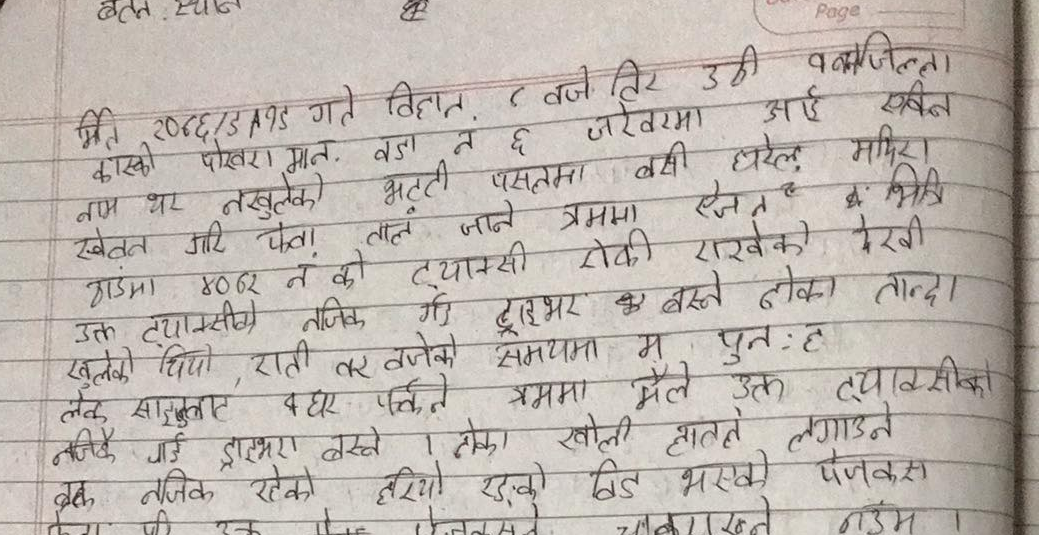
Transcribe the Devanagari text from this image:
मिति २०८०/३/१५ गते बिहान ८ बजे तिर उही वज्रजिल्ला
कास्की पोखरा मान. वडा नं. ६ जरेवरमा आई एकिन
नाम थर नसखुलेका अटो पसलमा बसी घरेलु मदिरा
सेवन गरि पैतालात जाने क्रममा ऐजेन्ट वा भित्रि
गाडीमा ४०७२ नं. को ट्याक्सी रोकी राखेको देखी
उक्त ट्याक्सीको नजिक गरि ड्राइभर कहाँ बस्ने लोका ताल्दा
खुलेको थियो, राती १० बजेको समयमा म पुनः
लेक बाटुलेचौरबाट ५ घर पर्खने क्रममा मैले उक्त ट्याक्सीको
नजिकै गई ड्राइभरि बस्ने । झ्याल खोली हातले लगाउने
ढोका नजिक रहेको हरियो रङको बिड भएको पञ्जकस
फेला पर्यो उक्त पञ्जकसलाई च्याकसेट मडमा